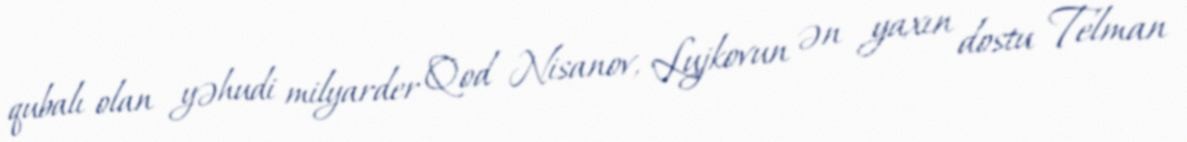
qubalı olan yəhudi milyarder Qod Nisanov, Lujkovun ən yaxın dostu Telman